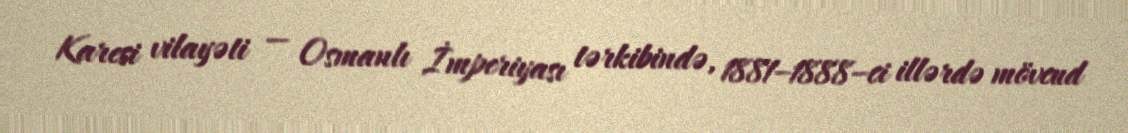
Karesi vilayəti — Osmanlı İmperiyası tərkibində, 1881–1888–ci illərdə mövcud